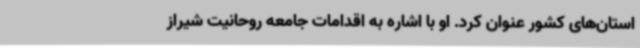
استان‌های کشور عنوان کرد. او با اشاره به اقدامات جامعه روحانیت شیراز